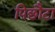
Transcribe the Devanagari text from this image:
पिछौटा